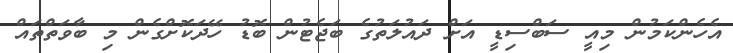
އެހެންކަމުން މިއީ ސަބްސިޑީ އަށް ދައުލަތުގެ ބަޖެޓުން ބޮޑު ހޭދަކޮށްގެން މި ބާވަތްތައް